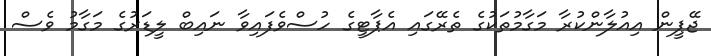
ޖޭޕީން އިއުލާންކުރާ މަގާމުތަކުގެ ތެރޭގައި އެޕާޓީގެ ހުސްވެެފައިވާ ނައިބް ލީޑަރުގެ މަގާމު ވެސް